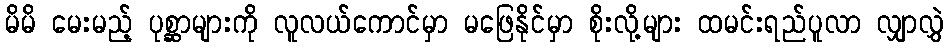
မိမိ မေးမည့် ပုစ္ဆာများကို လူလယ်ကောင်မှာ မဖြေနိုင်မှာ စိုးလို့များ ထမင်းရည်ပူလာ လျှာလွှဲ